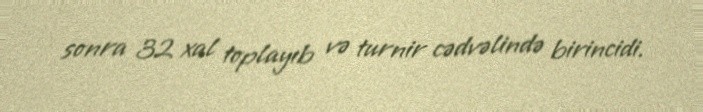
sonra 32 xal toplayıb və turnir cədvəlində birincidi.